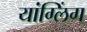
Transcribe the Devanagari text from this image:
यांग्लिंग